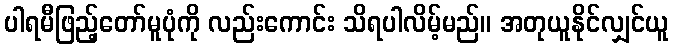
ပါရမီဖြည့်တော်မူပုံကို လည်းကောင်း သိရပါလိမ့်မည်။ အတုယူနိုင်လျှင်ယူ